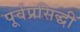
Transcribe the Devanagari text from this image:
पूर्वप्रसिद्धी